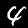
Digit: 4